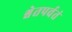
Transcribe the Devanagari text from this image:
श्वेतपर्वतं